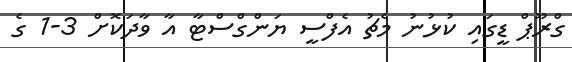
ގްރޫޕް ޑީގައި ކުޅުނު މެޗު އެފްސީ ޔަންގްސްޓާ އާ ވާދަކޮށް 3-1 ގެ